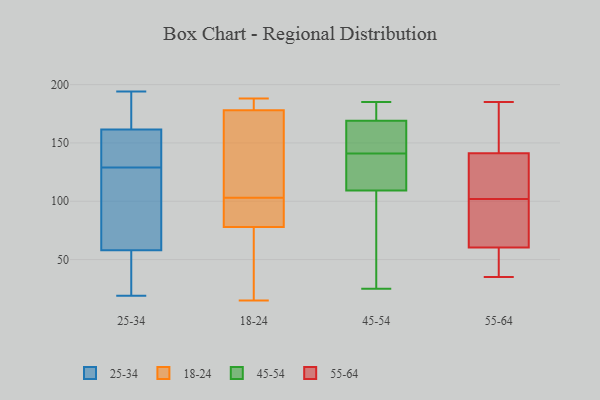
{"axis": {"x": "Temperature (°C)", "y": "Value"}, "legend": ["18-24", "25-34", "45-54", "55-64"], "data": [{"x": "", "y": 134, "type": "25-34"}, {"x": "", "y": 183, "type": "25-34"}, {"x": "", "y": 146, "type": "25-34"}, {"x": "", "y": 166, "type": "25-34"}, {"x": "", "y": 94, "type": "25-34"}, {"x": "", "y": 37, "type": "25-34"}, {"x": "", "y": 51, "type": "25-34"}, {"x": "", "y": 126, "type": "25-34"}, {"x": "", "y": 65, "type": "25-34"}, {"x": "", "y": 19, "type": "25-34"}, {"x": "", "y": 181, "type": "25-34"}, {"x": "", "y": 157, "type": "25-34"}, {"x": "", "y": 132, "type": "25-34"}, {"x": "", "y": 194, "type": "25-34"}, {"x": "", "y": 71, "type": "25-34"}, {"x": "", "y": 25, "type": "25-34"}, {"x": "", "y": 181, "type": "18-24"}, {"x": "", "y": 62, "type": "18-24"}, {"x": "", "y": 178, "type": "18-24"}, {"x": "", "y": 134, "type": "18-24"}, {"x": "", "y": 188, "type": "18-24"}, {"x": "", "y": 15, "type": "18-24"}, {"x": "", "y": 178, "type": "18-24"}, {"x": "", "y": 93, "type": "18-24"}, {"x": "", "y": 101, "type": "18-24"}, {"x": "", "y": 185, "type": "18-24"}, {"x": "", "y": 103, "type": "18-24"}, {"x": "", "y": 96, "type": "18-24"}, {"x": "", "y": 34, "type": "18-24"}, {"x": "", "y": 167, "type": "18-24"}, {"x": "", "y": 73, "type": "18-24"}, {"x": "", "y": 113, "type": "45-54"}, {"x": "", "y": 175, "type": "45-54"}, {"x": "", "y": 154, "type": "45-54"}, {"x": "", "y": 116, "type": "45-54"}, {"x": "", "y": 25, "type": "45-54"}, {"x": "", "y": 172, "type": "45-54"}, {"x": "", "y": 141, "type": "45-54"}, {"x": "", "y": 108, "type": "45-54"}, {"x": "", "y": 160, "type": "45-54"}, {"x": "", "y": 175, "type": "45-54"}, {"x": "", "y": 185, "type": "45-54"}, {"x": "", "y": 151, "type": "45-54"}, {"x": "", "y": 122, "type": "45-54"}, {"x": "", "y": 54, "type": "45-54"}, {"x": "", "y": 87, "type": "45-54"}, {"x": "", "y": 35, "type": "55-64"}, {"x": "", "y": 76, "type": "55-64"}, {"x": "", "y": 141, "type": "55-64"}, {"x": "", "y": 185, "type": "55-64"}, {"x": "", "y": 139, "type": "55-64"}, {"x": "", "y": 142, "type": "55-64"}, {"x": "", "y": 111, "type": "55-64"}, {"x": "", "y": 102, "type": "55-64"}, {"x": "", "y": 169, "type": "55-64"}, {"x": "", "y": 55, "type": "55-64"}, {"x": "", "y": 76, "type": "55-64"}, {"x": "", "y": 50, "type": "55-64"}, {"x": "", "y": 62, "type": "55-64"}]}